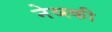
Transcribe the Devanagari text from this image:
नेव्स्की